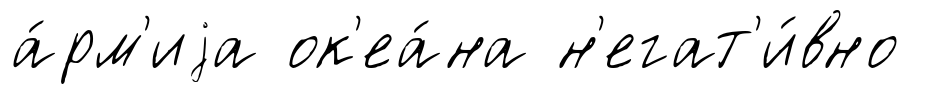
а́рм'иjа ок'еа́на н'егат'и́вно